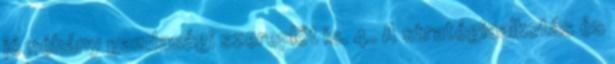
jó néhány gazdasági szereplőt is. 4. A stratégiaalkotás és